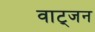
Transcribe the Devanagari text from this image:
वाट्जन